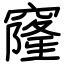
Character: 窿